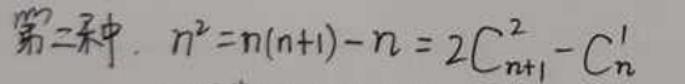
第二种. \(n^{2}=n(n + 1)-n=2C_{n + 1}^{2}-C_{n}^{1}\)